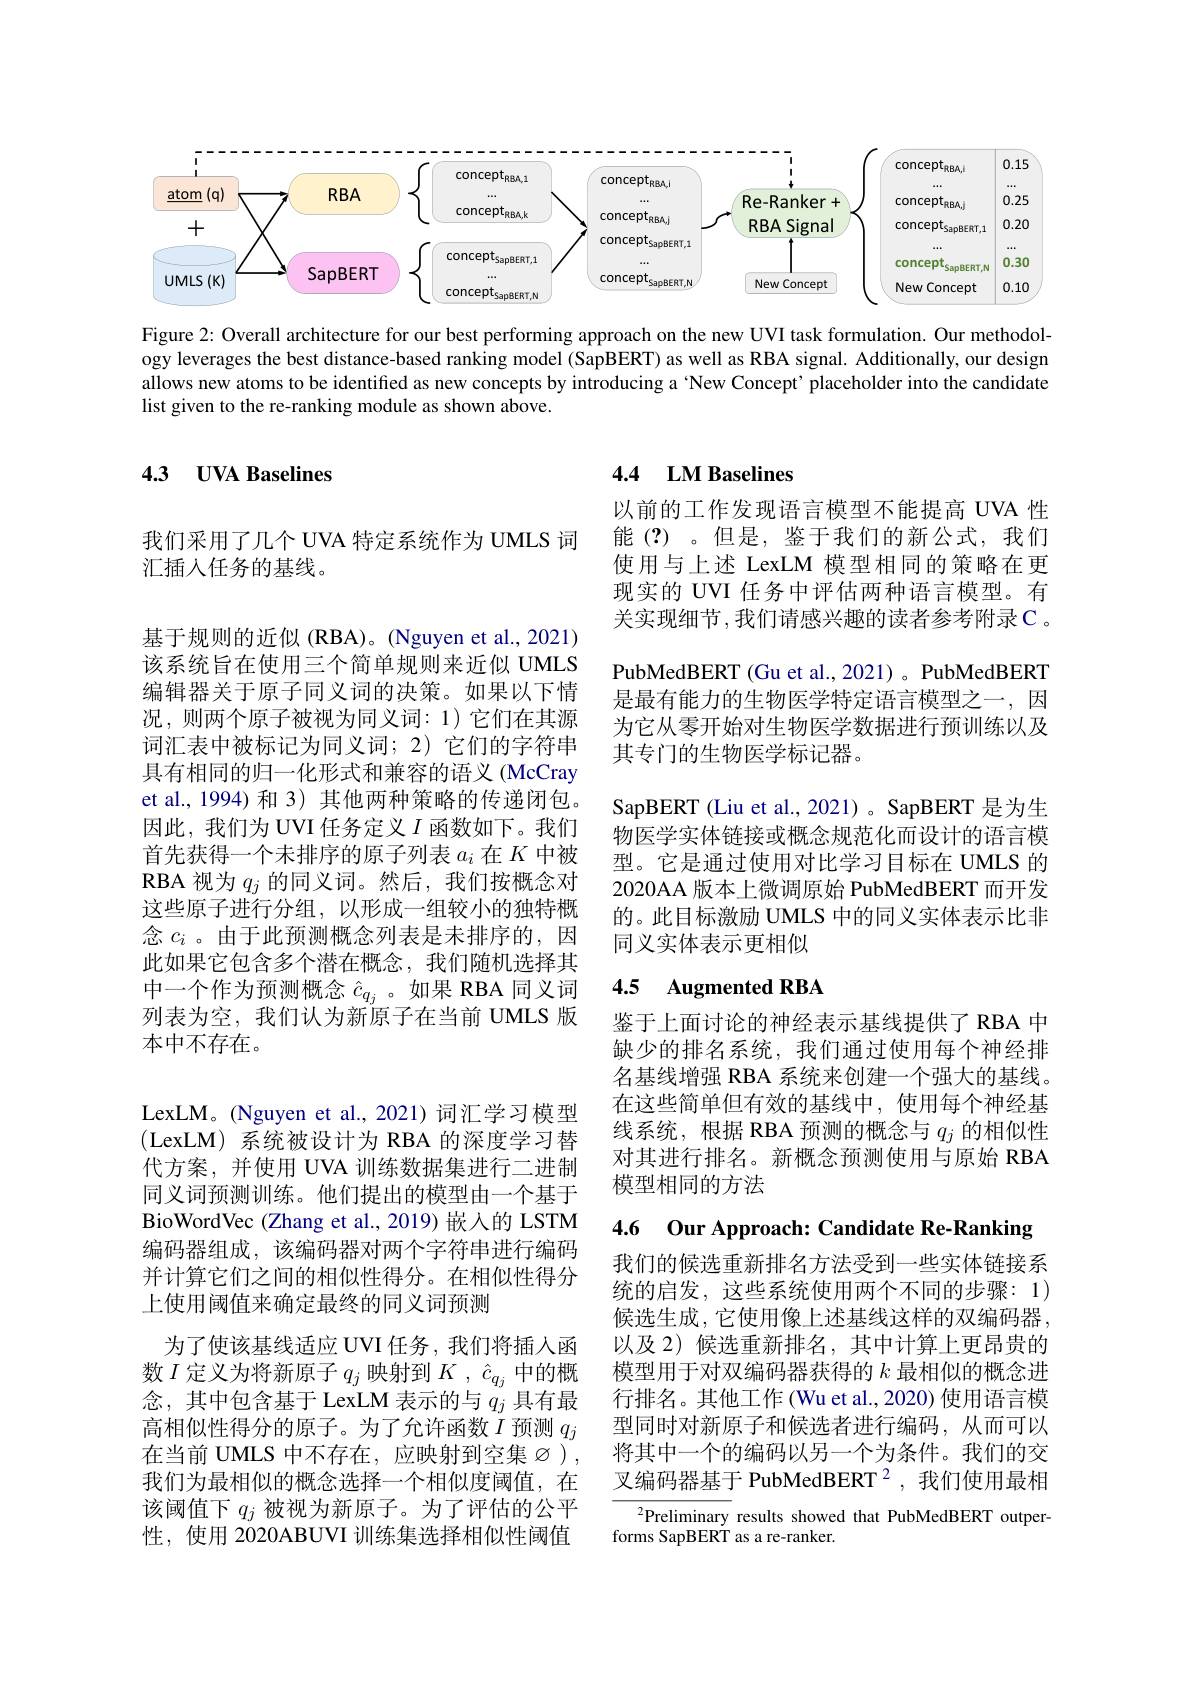
<FigureHere>

Figure 2: Overall architecture for our best performing approach on the new UVI task formulation. Our methodology leverages the best distance-based ranking model (SapBERT) as well as RBA signal. Additionally, our design allows new atoms to be identified as new concepts by introducing a 'New Concept’placeholder into the candidate list given to the re-ranking module as shown above.

## 4.3 $\textbf{UVA Baselines}$

## 4.4 LM Baselines

我们采用了几个 UVA 特定系统作为 UMLS 词
汇插入任务的基线。

以前的工作发现语言模型不能提高 UVA 性能(?)。但是，鉴于我们的新公式，我们使用与上述 LexLM 模型相同的策略在更现实的 UVI 任务中评估两种语言模型。有关实现细节，我们请感兴趣的读者参考附录C。PubMedBERT (Gu et al., 2021) 。PubMedBERT 是最有能力的生物医学特定语言模型之一，因为它从零开始对生物医学数据进行预训练以及其专门的生物医学标记器。
SapBERT (Liu et al., 2021) 。SapBERT 是为生物医学实体链接或概念规范化而设计的语言模型。它是通过使用对比学习目标在 UMLS 的2020AA 版本上微调原始 PubMedBERT 而开发的。此目标激励 UMLS 中的同义实体表示比非同义实体表示更相似

基于规则的近似 (RBA)。(Nguyen et al., 2021) 该系统旨在使用三个简单规则来近似 UMLS 编辑器关于原子同义词的决策。如果以下情况，则两个原子被视为同义词：1)它们在其源词汇表中被标记为同义词；2)它们的字符串具有相同的归一化形式和兼容的语义 (McCray et al., 1994) 和 3) 其他两种策略的传递闭包。因此，我们为 UVI 任务定义$I$函数如下。我们首先获得一个未排序的原子列表$a_i$在$K$中被RBA 视为$q_j$的同义词。然后，我们按概念对这些原子进行分组，以形成一组较小的独特概念$c_i$ 。由于此预测概念列表是未排序的，因此如果它包含多个潜在概念，我们随机选择其中一个作为预测概念$\hat{c}_{q_j}$。如果 RBA 同义词列表为空，我们认为新原子在当前 UMLS 版本中不存在。

## 4.5 Augmented RBA

鉴于上面讨论的神经表示基线提供了 RBA 中缺少的排名系统，我们通过使用每个神经排名基线增强 RBA 系统来创建一个强大的基线。在这些简单但有效的基线中，使用每个神经基线系统，根据 RBA 预测的概念与$q_j$的相似性对其进行排名。新概念预测使用与原始 RBA 模型相同的方法

4.6 Our Approach: Candidate Re-Ranking

LexLM。(Nguyen et al., 2021) 词汇学习模型(LexLM)系统被设计为 RBA 的深度学习替代方案，并使用 UVA 训练数据集进行二进制同义词预测训练。他们提出的模型由一个基于BioWordVec (Zhang et al., 2019) 嵌入的 LSTM 编码器组成，该编码器对两个字符串进行编码并计算它们之间的相似性得分。在相似性得分上使用阈值来确定最终的同义词预测
为了使该基线适应 UVI 任务，我们将插入函数$I$定义为将新原子$q_j$映射到$K,\hat{c}_{q_j}$中的概念，其中包含基于 LexLM 表示的与$q_j$具有最高相似性得分的原子。为了允许函数$I$预测$q_j$ 在当前 UMLS 中不存在，应映射到空集$\varnothing$ ) , 我们为最相似的概念选择一个相似度阈值，在该阈值下$q_j$被视为新原子。为了评估的公平性，使用 2020ABUVI 训练集选择相似性阈值

我们的候选重新排名方法受到一些实体链接系统的启发，这些系统使用两个不同的步骤：1) 候选生成，它使用像上述基线这样的双编码器。以及 2) 候选重新排名，其中计算上更昂贵的模型用于对双编码器获得的$k$最相似的概念进行排名。其他工作 (Wu et al., 2020) 使用语言模型同时对新原子和候选者进行编码，从而可以将其中一个的编码以另一个为条件。我们的交叉编码器基于 PubMedBERT $^2$,我们使用最相

$^2$Preliminary results showed that PubMedBERT outper-
forms SapBERT as a re-ranker.